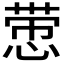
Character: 𰑵